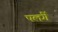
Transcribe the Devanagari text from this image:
पलंगें